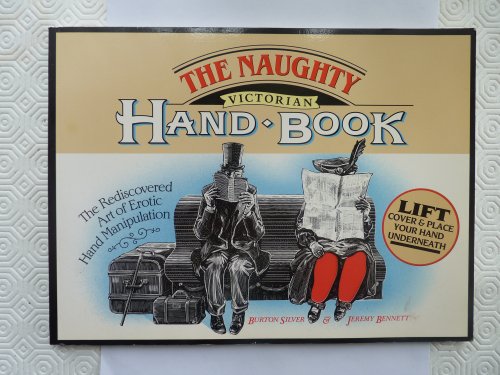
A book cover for The Naughty Victorian Handbook: The Rediscovered Art of Erotic Hand Manipulation; Burton Silver; Romance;